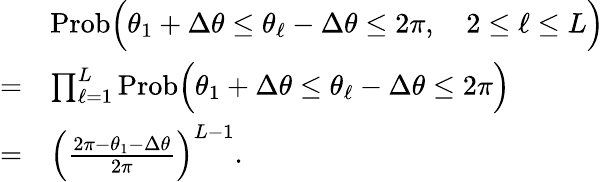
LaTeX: \begin{array}{rl}&{\mathrm{Prob}\Big(\theta_{1}+\Delta\theta\le\theta_{\ell}-\Delta\theta\le 2\pi,\quad 2\le\ell\le L\Big)}\\ {=}&{\prod_{\ell=1}^{L}\mathrm{Prob}\Big(\theta_{1}+\Delta\theta\le\theta_{\ell}-\Delta\theta\le 2\pi\Big)}\\ {=}&{\Big(\frac{2\pi-\theta_{1}-\Delta\theta}{2\pi}\Big)^{L-1}.}\end{array}